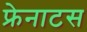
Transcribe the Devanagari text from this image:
फ्रेनाटस